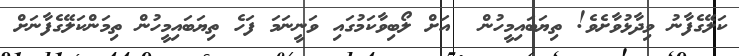
ކަލޭގެފާނު ވިދާޅުވާށެވެ! ތިޔަބައިމީހުން  އަށް ލޯބިވާކަމުގައި ވަނީނަމަ ފަހެ ތިޔަބައިމީހުން ތިމަންކަލޭގެފާނަށް